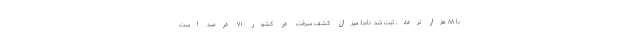
با ۸۸ هزار تردد، ثبت شد. ناجا: میزان کشف سرقت در کشور ۷۱ درصد است